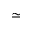
\simeq